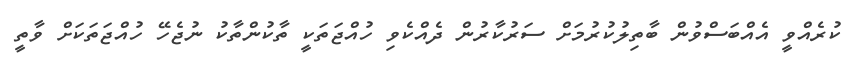
ކުރެއްވީ އެއްބަސްވުން ބާތިލުކުރުމަށް ސަރުކާރުން ދެއްކެވި ހުއްޖަތަކީ ތާކުންތާކު ނުޖެހޭ ހުއްޖަތަކަށް ވާތީ